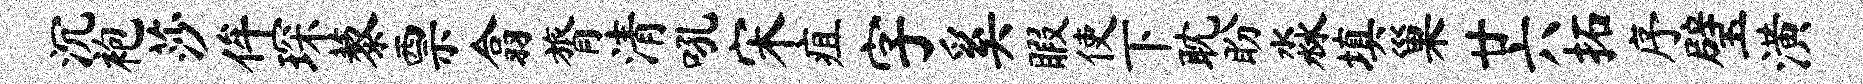
沉袍莎侔琛藜票翕膂清吼宋疽字奚暇使下耽盼淼填巢廿六拓序璧潢